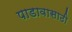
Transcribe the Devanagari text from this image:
पाडावासाठी